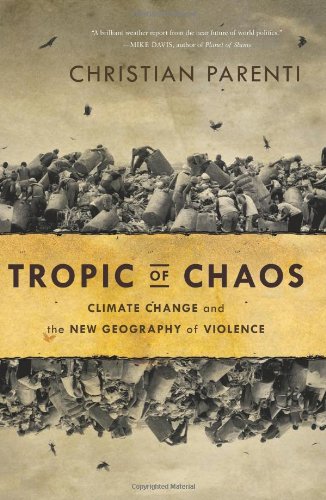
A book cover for Tropic of Chaos: Climate Change and the New Geography of Violence; Christian Parenti; Science & Math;